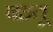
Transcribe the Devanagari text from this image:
षहतू